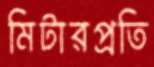
মিটারপ্রতি